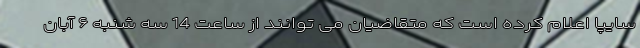
سایپا اعلام کرده است که متقاضیان می توانند از ساعت 14 سه شنبه ۶ آبان